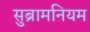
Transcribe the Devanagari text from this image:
सुब्रामनियम